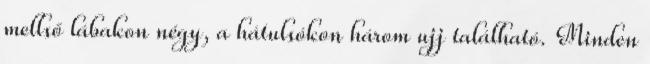
mellső lábakon négy, a hátulsókon három ujj található. Minden